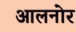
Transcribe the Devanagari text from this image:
आलनोर